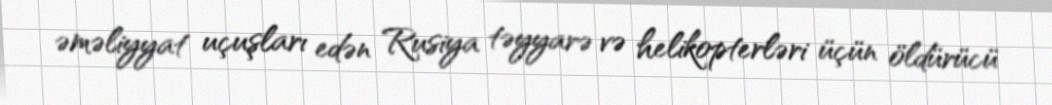
əməliyyat uçuşları edən Rusiya təyyarə və helikopterləri üçün öldürücü